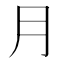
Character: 月